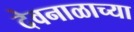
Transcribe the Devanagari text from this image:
देवनाळाच्या